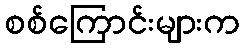
စစ်ကြောင်းများက